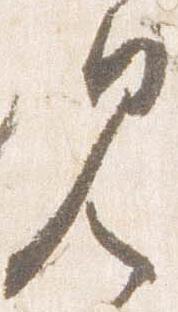
見